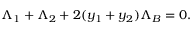
\Lambda _ { 1 } + \Lambda _ { 2 } + 2 ( y _ { 1 } + y _ { 2 } ) \Lambda _ { B } = 0 .